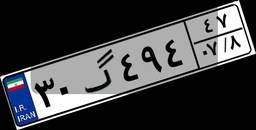
۳۰گ۴۹۴۴۷